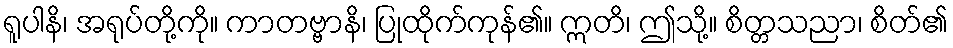
ရူပါနိ၊ အရုပ်တို့ကို။ ကာတဗ္ဗာနိ၊ ပြုထိုက်ကုန်၏။ ဣတိ၊ ဤသို့။ စိတ္တသညာ၊ စိတ်၏